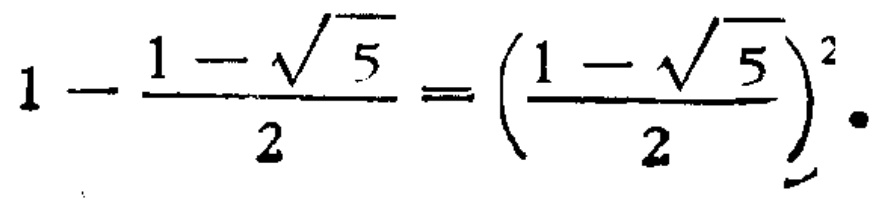
$1 - \frac{1 - \sqrt{5}}{2} = \left(\frac{1 - \sqrt{5}}{2}\right)^{2}$